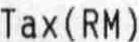
TAX(RM)